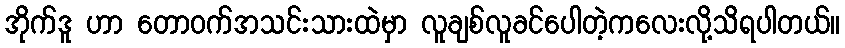
အိုက်ဒူ ဟာ တောဝက်အသင်းသားထဲမှာ လူချစ်လူခင်ပေါတဲ့ကလေးလို့သိရပါတယ်။